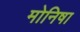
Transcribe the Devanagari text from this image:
मोनिषा